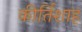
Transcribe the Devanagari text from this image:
कीर्तिशाह